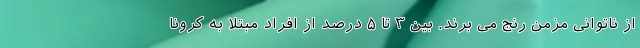
از ناتوانی مزمن رنج می برند. بین ۳ تا ۵ درصد از افراد مبتلا به کرونا